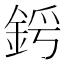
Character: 𨦜